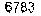
6783